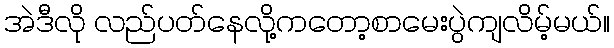
အဲဒီလို လည်ပတ်နေလို့ကတော့စာမေးပွဲကျလိမ့်မယ်။